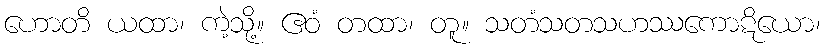
ဟောတိ ယထာ၊ ကဲ့သို့။ ဧဝံ တထာ၊ တူ။ သတံသတသဟဿကောဋိယော၊